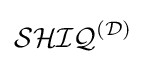
{\mathcal {SHIQ}}^{\mathcal {(D)}}